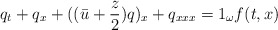
\begin{align*}q_{t} +q_x +( ( \bar{u} +\frac{z}{2}) q) _{x}+q_{xxx}=1_{\omega } f ( t,x) \end{align*}